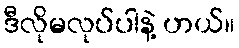
ဒီလိုမလုပ်ပါနဲ့ ဟယ်။